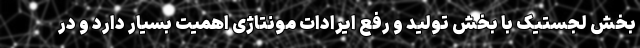
بخش لجستیک با بخش تولید و رفع ایرادات مونتاژی اهمیت بسیار دارد و در